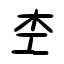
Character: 杢